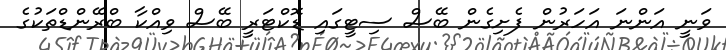
ވަނީ އަންނަ އަހަރުން ފެށިގެން ބޭސް ސިޓީގައި ޑޮކްޓަރީ ބޭސް ވިއްކާ ބްރޭންޑްތަކުގެ